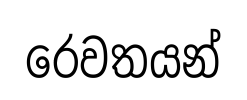
රෙවතයන්